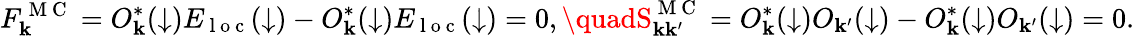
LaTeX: F_{\mathbf{k}}^{\mathrm{{~M~C~}}}=O_{\mathbf{k}}^{*}(\downarrow)E_{\mathrm{{~l~o~c~}}}(\downarrow)-O_{\mathbf{k}}^{*}(\downarrow)E_{\mathrm{{~l~o~c~}}}(\downarrow)=0,\quadS_{\mathbf{k}\mathbf{k}^{\prime}}^{\mathrm{{~M~C~}}}=O_{\mathbf{k}}^{*}(\downarrow)O_{\mathbf{k}^{\prime}}(\downarrow)-O_{\mathbf{k}}^{*}(\downarrow)O_{\mathbf{k}^{\prime}}(\downarrow)=0.